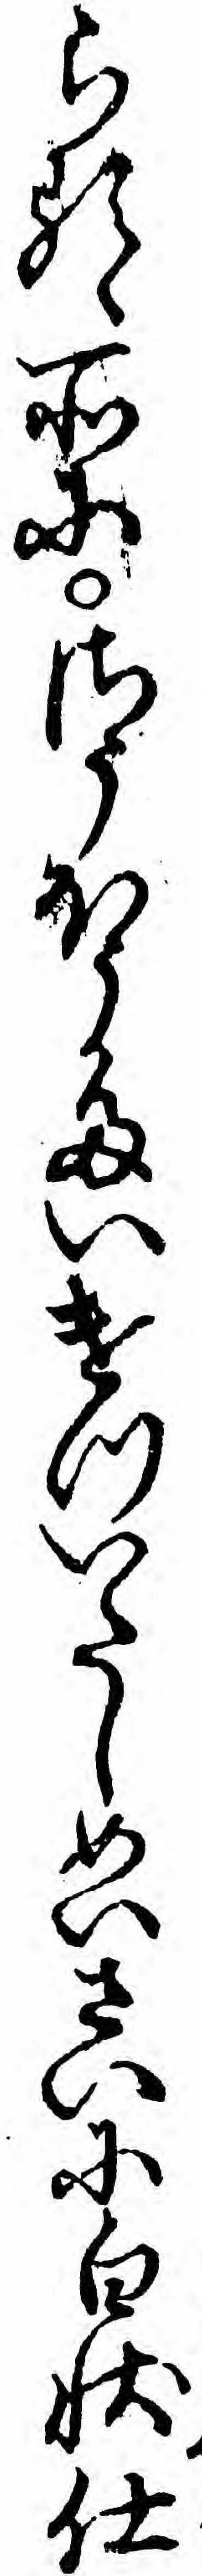
らるゝ所にさうほうたいけついたしめいさいに白状仕